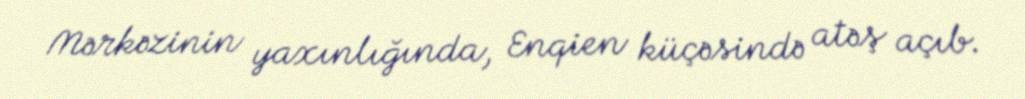
Mərkəzinin yaxınlığında, Enqien küçəsində atəş açıb.